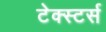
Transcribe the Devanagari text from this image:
टेक्स्टर्स